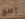
إصغ